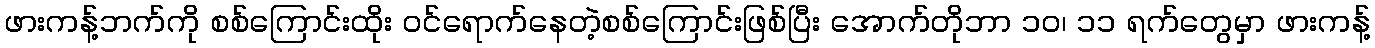
ဖားကန့်ဘက်ကို စစ်ကြောင်းထိုး ဝင်ရောက်နေတဲ့စစ်ကြောင်းဖြစ်ပြီး အောက်တိုဘာ ၁၀၊ ၁၁ ရက်တွေမှာ ဖားကန့်